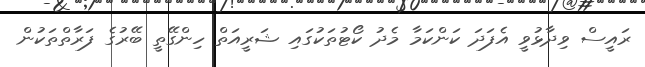
ރައީސް ވިދާޅުވީ އެފަދަ ކަންކަމާ މެދު ކޯޓުތަކުގައި ޝަރީއަތް ހިންގޭތީ ބޭރުގެ ފަރާތްތަކުން